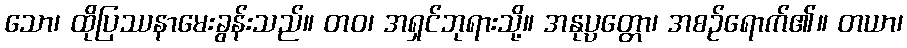
သော၊ ထိုပြဿနာမေးခွန်းသည်။ တဝ၊ အရှင်ဘုရားသို့။ အနုပ္ပတ္တော၊ အစဉ်ရောက်၏။ တယာ၊